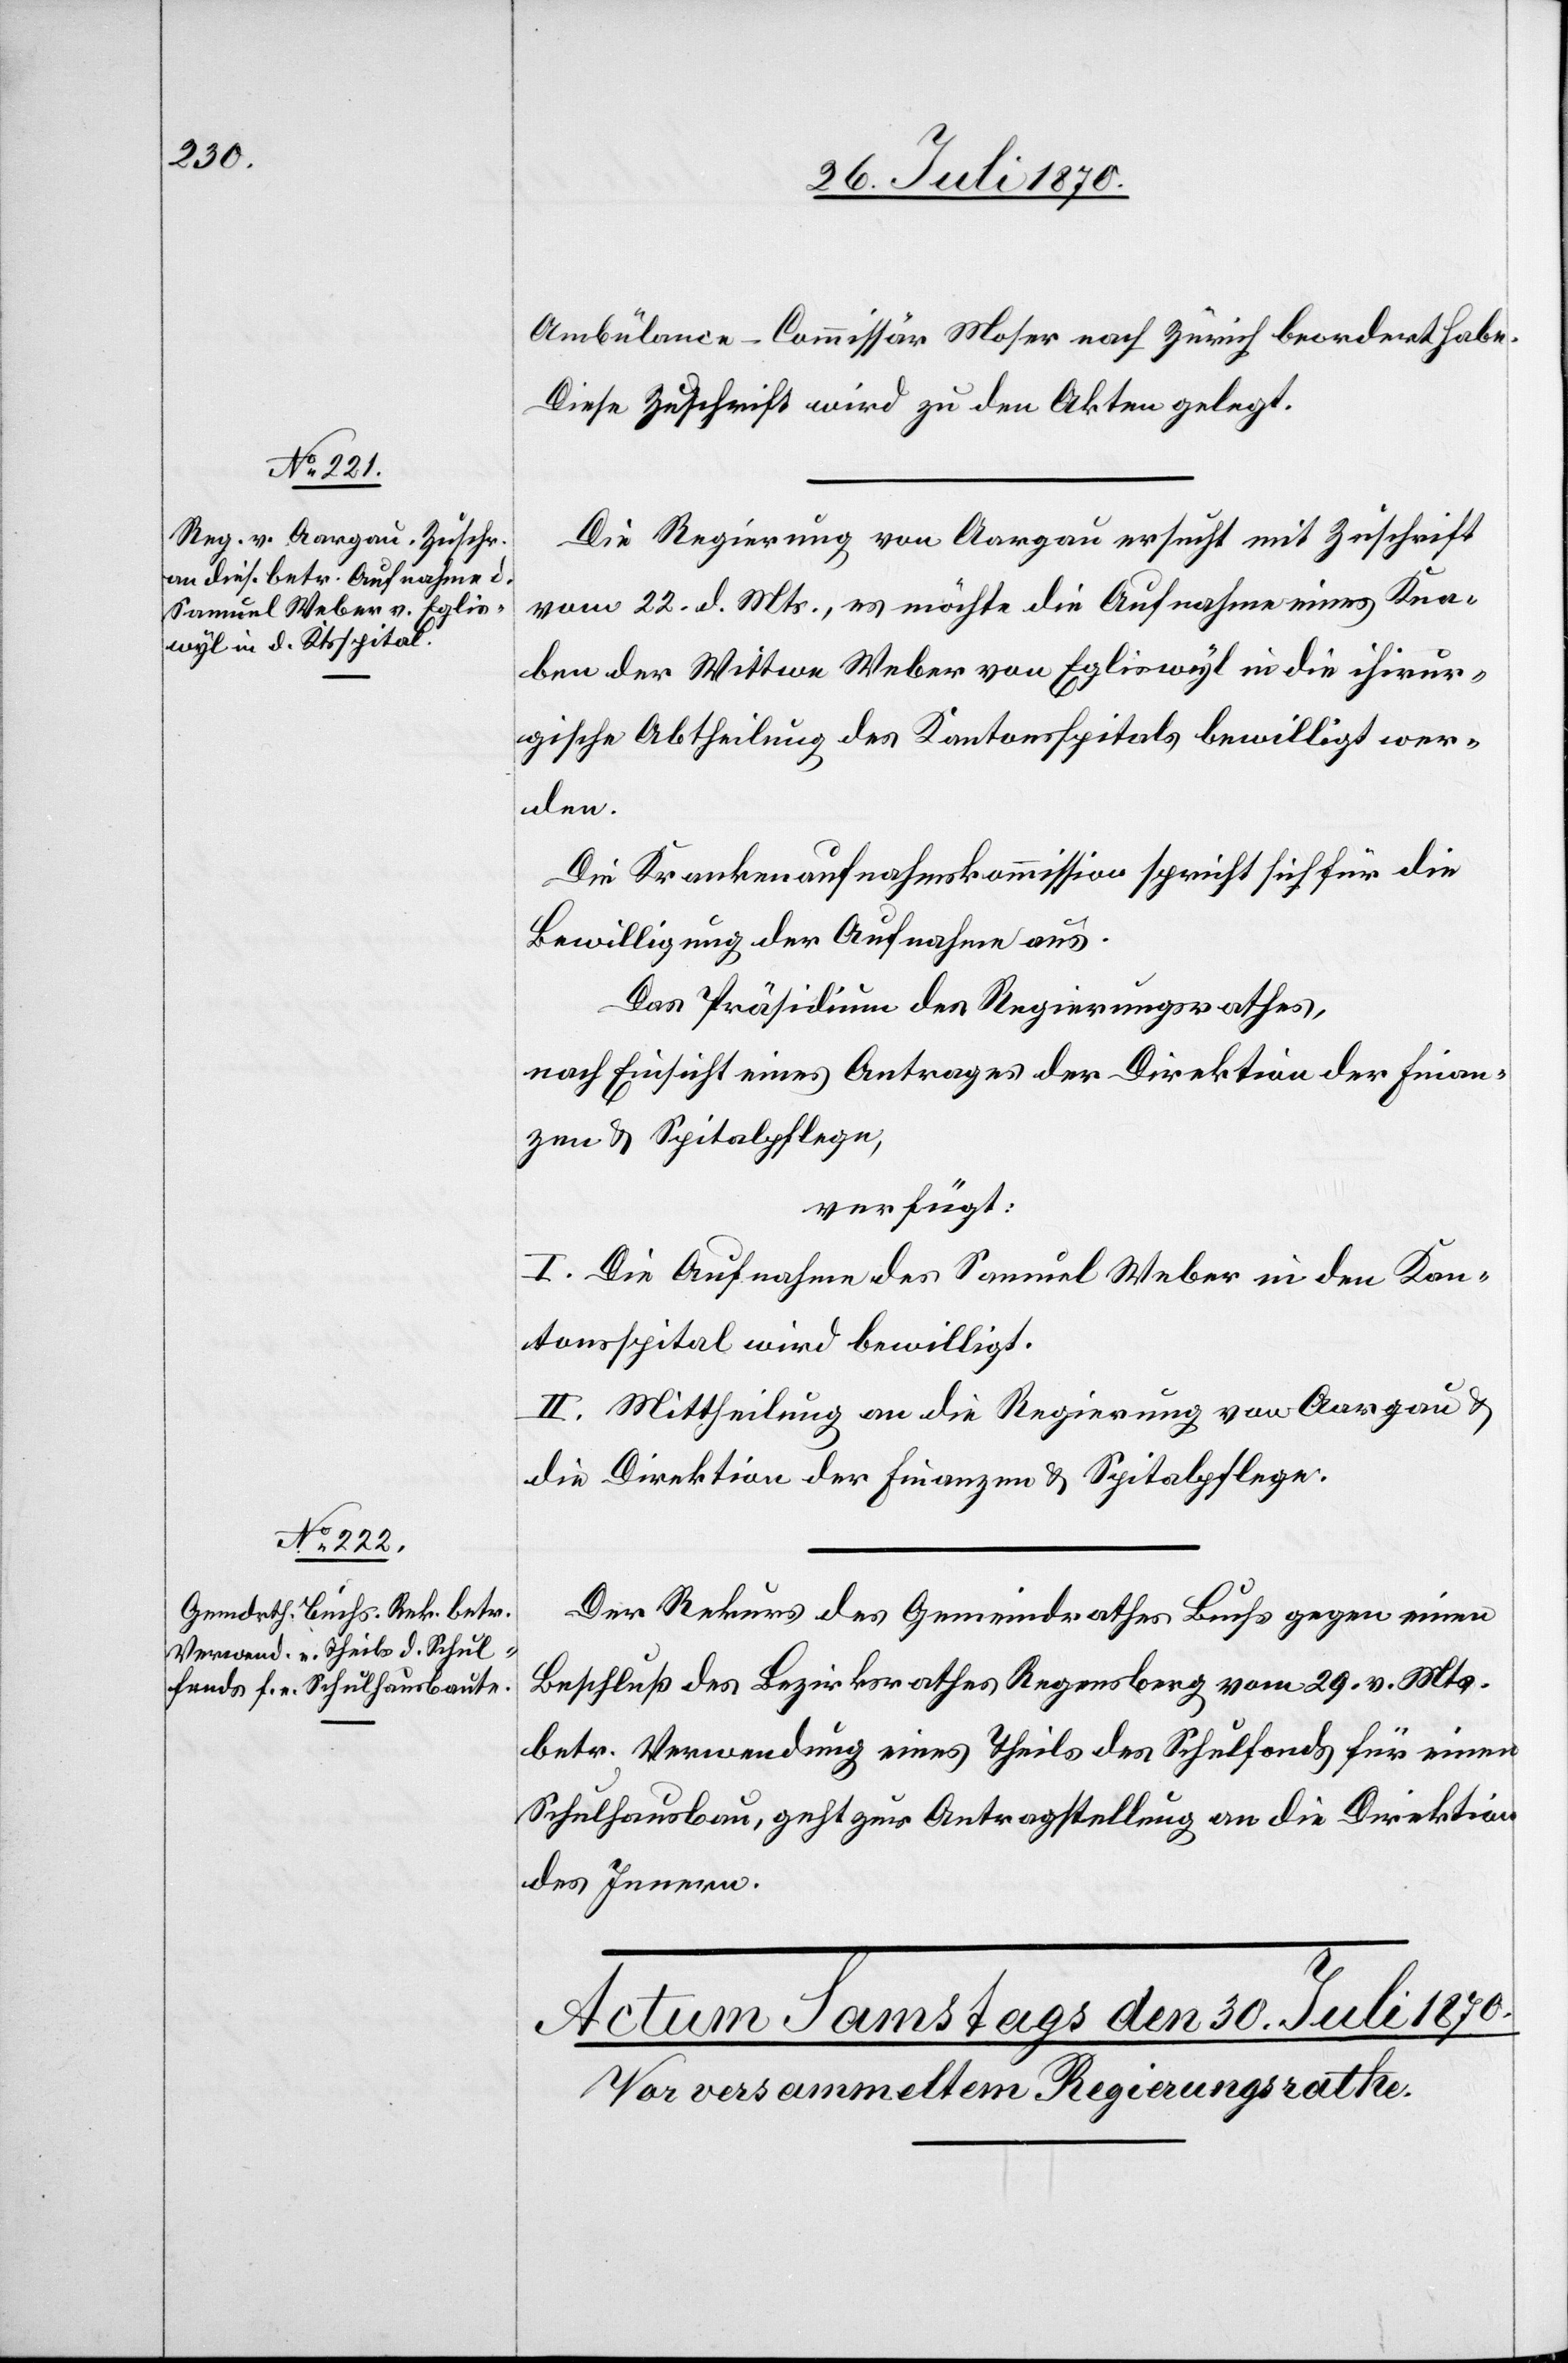
29. Juli 1870.]
Ambülance-Commissär Moser nach Zürich beordert habe.
Diese Zuschrift wird zu den Akten gelegt.
Die Regierung von Aargau ersucht mit Zuschrift
vom 22. d. Mts., es möchte die Aufnahme eines Kna¬
ben der Wittwe Weber von Egliswyl in die chirur¬
gische Abtheilung des Kantonsspitals bewilligt wer¬
den.
Die Krankenaufnahmskommission spricht sich für die
Bewilligung der Aufnahme aus.
Das Präsidium des Regierungsrathes,
nach Einsicht eines Antrages der Direktion der Finan¬
zen & Spitalpflege,
verfügt:
I. Die Aufnahme des Samuel Weber in den Kan¬
tonsspital wird bewilligt.
II. Mittheilung an die Regierung von Aargau &
die Direktion der Finanzen & Spitalpflege.
Der Rekurs des Gemeindrathes Buchs gegen einen
Beschluß des Bezirksrathes Regensberg vom 29. v. Mts.
betr. Verwendung eines Theils des Schulfonds für einen
Schulhausbau, geht zur Antragstellung an die Direktion
des Innern.